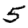
Digit: 5